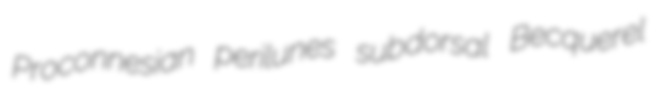
Proconnesian perilunes subdorsal Becquerel